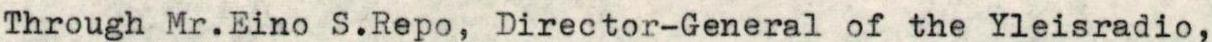
Through Mr.Eino S.Repo, Director-General of the Yleisradio,